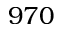
9 7 0